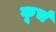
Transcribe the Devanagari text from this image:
कूर्च